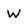
Character: W